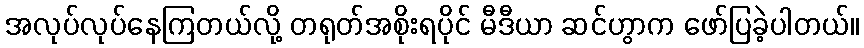
အလုပ်လုပ်နေကြတယ်လို့ တရုတ်အစိုးရပိုင် မီဒီယာ ဆင်ဟွာက ဖော်ပြခဲ့ပါတယ်။